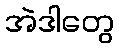
အဲဒါတွေ